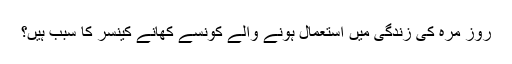
روز مرہ کی زندگی میں استعمال ہونے والے کونسے کھانے کینسر کا سبب ہیں؟